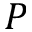
P